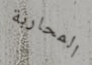
المحاربة